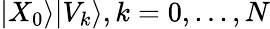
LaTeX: |X_{0}\rangle|V_{k}\rangle,k=0,...,N